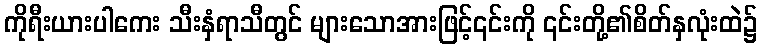
ကိုရီးယားပါကေး သီးနှံရာသီတွင် များသောအားဖြင့်၎င်းကို ၎င်းတို့၏စိတ်နှလုံးထဲ၌